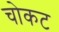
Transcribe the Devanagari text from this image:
चोकट